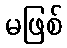
မဖြစ်